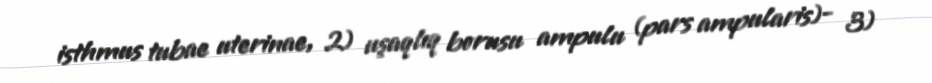
isthmus tubae uterinae, 2) uşaqlıq borusu ampulu (pars ampularis)- 3)